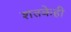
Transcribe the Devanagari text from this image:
शतकेही